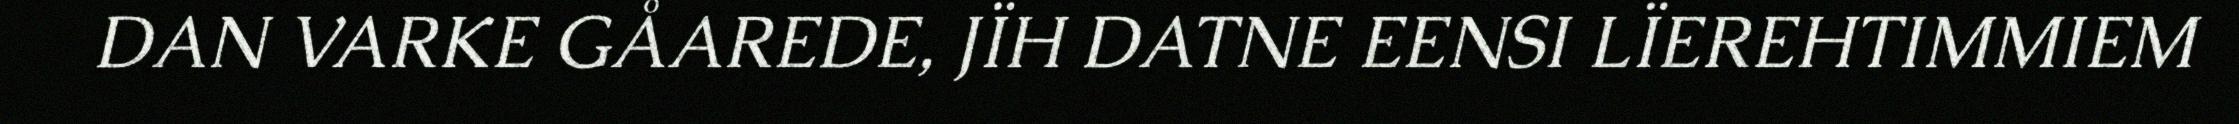
DAN VARKE GÅAREDE, JÏH DATNE EENSI LÏEREHTIMMIEM